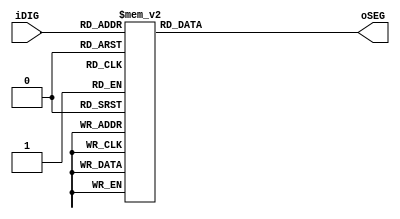
module SEG7_OUT1(
	input			[3:0]	iDIG,
	output reg	[6:0]	oSEG
);
always @(iDIG) begin
	case(iDIG)
		4'h0: oSEG = 7'b1000000;
		4'h1: oSEG = 7'b1111001;	
		4'h2: oSEG = 7'b0100100; 	
		4'h3: oSEG = 7'b0110000; 	
		4'h4: oSEG = 7'b0011001; 	
		4'h5: oSEG = 7'b0010010; 	
		4'h6: oSEG = 7'b0000010; 	
		4'h7: oSEG = 7'b1111000; 	
		4'h8: oSEG = 7'b0000000; 	
		4'h9: oSEG = 7'b0011000; 	
		4'ha: oSEG = 7'b0001000;
		4'hb: oSEG = 7'b0000011;
		4'hc: oSEG = 7'b1000110;
		4'hd: oSEG = 7'b0100001;
		4'he: oSEG = 7'b0000110;
		4'hf: oSEG = 7'b0001110;
	endcase
end
endmodule